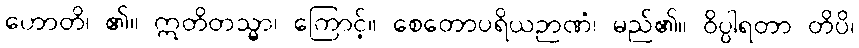
ဟောတိ၊ ၏။ ဣတိတသ္မာ၊ ကြောင့်။ စေတောပရိယဉာဏံ၊ မည်၏။ ဝိပ္ပါရတာ တိပိ၊